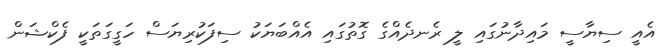
އެއީ ސިޔާސީ މައިދާނުގައި ލީ ރެނދެއްގެ ގޮތުގައި އެއްބަޔަކު ސިފަކުރިޔަސް ހަގީގަތަކީ ފެކްޝަން